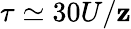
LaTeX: \tau\simeq30U/\mathbf{z}